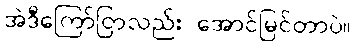
အဲဒီကြော်ငြာလည်း အောင်မြင်တာပဲ။